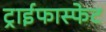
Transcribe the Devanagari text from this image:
ट्राईफास्फेट